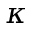
\kappa